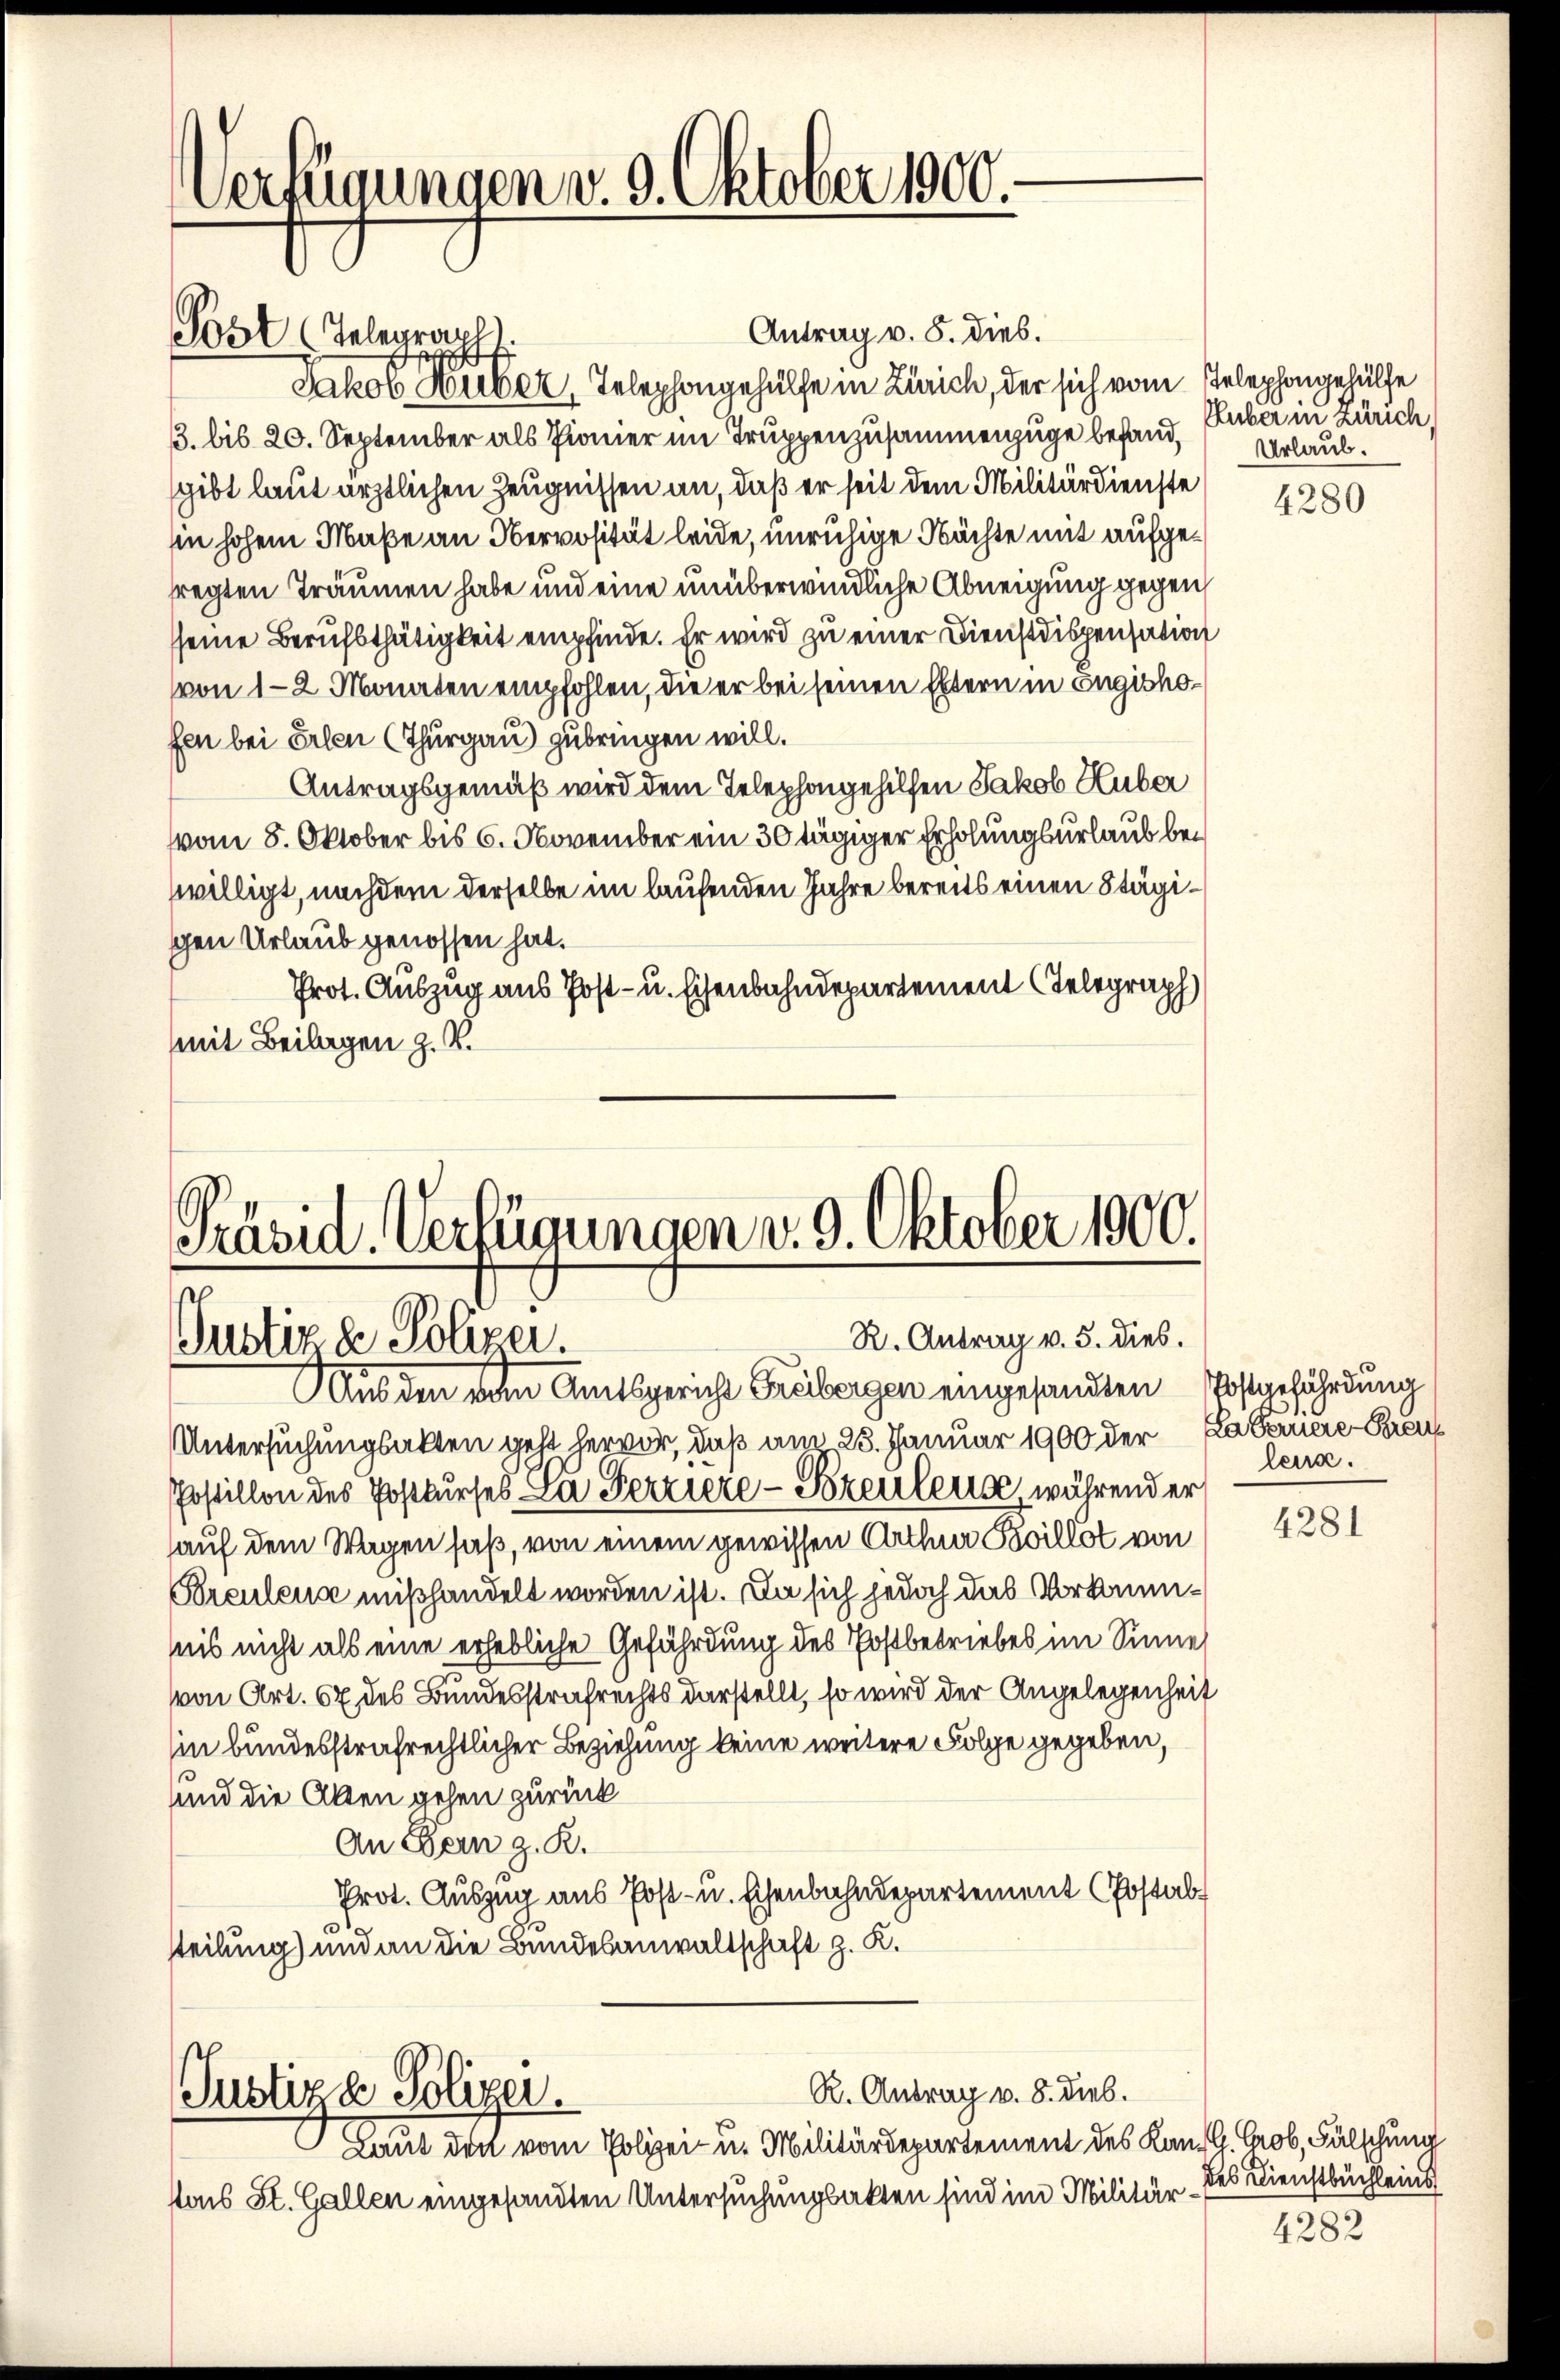
Vertigungen v. 9. Oktober 1900.

Post (Telegraph

Antrag v. 8. dies.
Jakob Weber, Telephongehülfe in Zürich, der sich vom Telephongehülfe
33. bis 20. September als Pionier im Truppenzusammenzuge befand, aber in Zürich,
sgibt laut ärztlichen Zeugnissen an, daß er seit dem Militärdienste
in hohem Maße an Servosität leide, unruhige Nachte mit aufgefregten Träumen habe und eine unüberwindliche Abneigung gegen
sseine Berufsthätigkeit empfinde. Er wird zu einer Dienstdispensation
von 12 Monaten empfohlen, die er bei seinen Eltern in Engischofen bei Erben (Thurgau) zubringen will.
Antragsgemäß wird dem Telephongehilfen Jakob Huber
vom 8. Oktober bis 6. November ein 30 tägiger Erholungsurlaub bewilligt, nachdem derselbe im laufenden Jahre bereits einen Stägischen Urlaub genossen hat.
Prot. Auszug aus Post- u. Eisenbahndepartement (Telegraph
mit Beilagen z. V.

Präsid. Verfügungen v. 9. Oktober 1900.
R. Antrag v. 5. dies.
Justiz & Polizer.
Aus den vom Amtsgericht Freibergen eingesandten Postgefährdung

R. Antrag v. 8. Dieb.
Justiz & Polizei.
Laut den vom Polizei- u. Militärdepartement des Kanzl. Grob, Fälschung

tons St. Gallen eingesandten Untersuchungsakten sind im Militär¬

Urlaub.

Untersuchungsakten geht hervor, daß am 25. Januar 1900 der Da Peuere Bren
Postillon des Postkurses a Ferziere - Szeulers, während er
auf dem Wagen saß, von einem gewissen Arthen Poillot von
Breulenz mißhandelt worden ist. Da sich jedoch das Vorkommsis nicht als eine erhebliche Gefährdung des Postbetriebes im Sinne
von Art. 67 des Bundesstrafrechts darstellt, so wird der Angelegenheit
sin bundesstrafrechtlicher Beziehung keine weitere Folge gegeben,
und die Akten gehen zurück
An Dein z. R.
Prot. Auszug aus Post- u. Eisenbahndepartement (Postab
3
steilung) und an die Bundesanwaltschaft z. K.

4280

lena.

4281

des Dienstbüchleins

4282